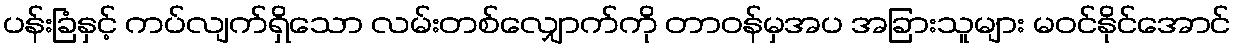
ပန်းခြံနှင့် ကပ်လျက်ရှိသော လမ်းတစ်လျှောက်ကို တာဝန်မှအပ အခြားသူများ မဝင်နိုင်အောင်